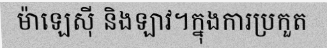
ម៉ាឡេស៊ី និងឡាវ។ក្នុងការប្រកួត